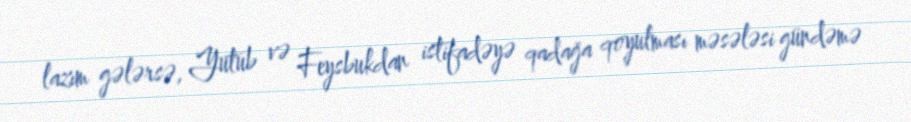
lazım gələrsə, Yutub və Feysbukdan istifadəyə qadağa qoyulması məsələsi gündəmə